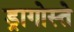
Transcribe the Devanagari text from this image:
ड्रागोस्ते